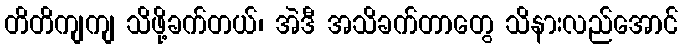
တိတိကျကျ သိဖို့ခက်တယ်၊ အဲဒီ အသိခက်တာတွေ သိနားလည်အောင်